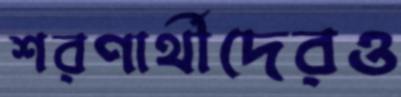
শরণার্থীদেরও